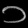
Digit: ၁